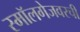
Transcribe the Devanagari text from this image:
स्मॉलगेजवरची